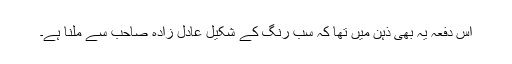
اس دفعہ یہ بھی ذہن میں تھا کہ سب رنگ کے شکیل عادل زادہ صاحب سے ملنا ہے۔